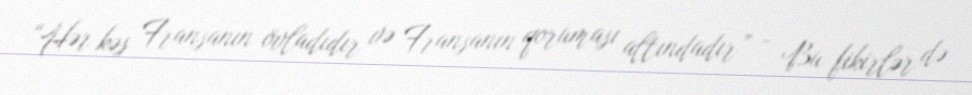
“Hər kəs Fransanın övladıdır və Fransanın qoruması altındadır” - Bu fikirlər də